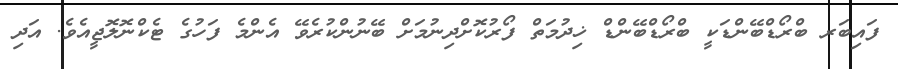
ފައިބަރ ބްރޯޑްބޭންޑަކީ ބްރޯޑްބޭންޑް ޚިދުމަތް ފޯރުކޮށްދިނުމަށް ބޭނުންކުރެވޭ އެންމެ ފަހުގެ ޓެކްނޮލޮޖީއެވެ. އަދި